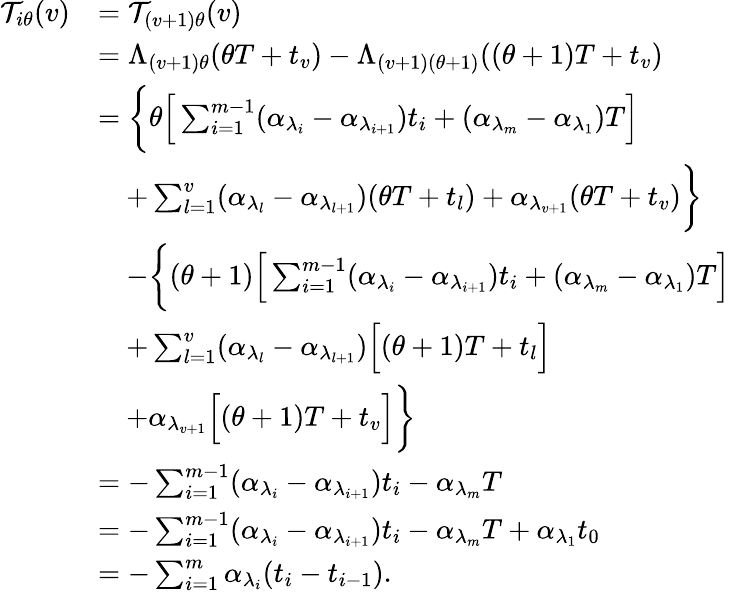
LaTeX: \begin{array}{rl}{\mathcal{T}_{i\theta}(v)}&{=\mathcal{T}_{(v+1)\theta}(v)}\\ &{=\Lambda_{(v+1)\theta}(\theta T+t_{v})-\Lambda_{(v+1)(\theta+1)}((\theta+1)T+t_{v})}\\ &{=\bigg\{ \theta\Big[\sum_{i=1}^{m-1}(\alpha_{\lambda_{i}}-\alpha_{\lambda_{i+1}})t_{i}+(\alpha_{\lambda_{m}}-\alpha_{\lambda_{1}})T\Big]}\\ &{\quad+\sum_{l=1}^{v}(\alpha_{\lambda_{l}}-\alpha_{\lambda_{l+1}})(\theta T+t_{l})+\alpha_{\lambda_{v+1}}(\theta T+t_{v})\bigg\} }\\ &{\quad-\bigg\{ (\theta+1)\Big[\sum_{i=1}^{m-1}(\alpha_{\lambda_{i}}-\alpha_{\lambda_{i+1}})t_{i}+(\alpha_{\lambda_{m}}-\alpha_{\lambda_{1}})T\Big]}\\ &{\quad+\sum_{l=1}^{v}(\alpha_{\lambda_{l}}-\alpha_{\lambda_{l+1}})\Big[(\theta+1)T+t_{l}\Big]}\\ &{\quad+\alpha_{\lambda_{v+1}}\Big[(\theta+1)T+t_{v}\Big]\bigg\} }\\ &{=-\sum_{i=1}^{m-1}(\alpha_{\lambda_{i}}-\alpha_{\lambda_{i+1}})t_{i}-\alpha_{\lambda_{m}}T}\\ &{=-\sum_{i=1}^{m-1}(\alpha_{\lambda_{i}}-\alpha_{\lambda_{i+1}})t_{i}-\alpha_{\lambda_{m}}T+\alpha_{\lambda_{1}}t_{0}}\\ &{=-\sum_{i=1}^{m}\alpha_{\lambda_{i}}(t_{i}-t_{i-1}).}\end{array}